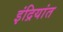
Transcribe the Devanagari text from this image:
इंद्रियांत